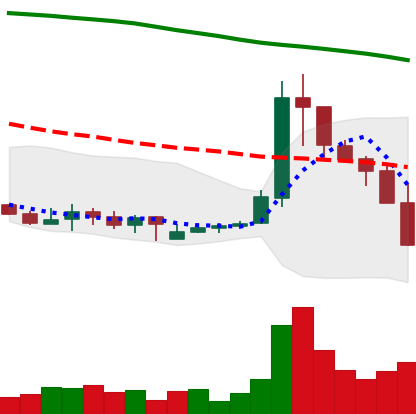
Ticker: XLM-USD
Chart end date: 2019-09-24
Forward return: 6.647%
Label: up_5_7